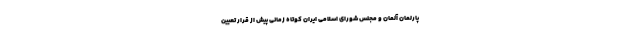
پارلمان آلمان و مجلس شورای اسلامی ایران کوتاه زمانی پیش از قرار تعیین